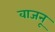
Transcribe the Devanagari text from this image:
वाजनू